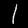
Digit: 1